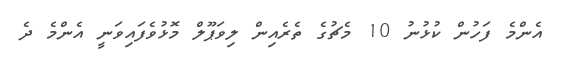
އެންމެ ފަހުން ކުޅުނު 10 މެޗުގެ ތެރެއިން ލިވަޕޫލް މޮޅުވެފައިވަނީ އެންމެ ދެ